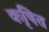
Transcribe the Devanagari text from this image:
कृषित